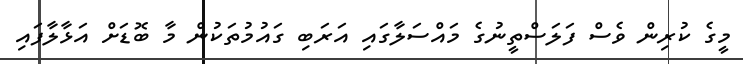
މީގެ ކުރިން ވެސް ފަލަސްތީނުގެ މައްސަލާގައި އަރަބި ގައުމުތަކުން މާ ބޮޑަށް އަޅާލާފައި